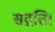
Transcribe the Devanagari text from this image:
सद्गति।